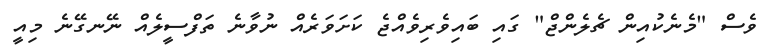
ވެސް "މެނެކުއިން ޗެލެންޖް" ގައި ބައިވެރިވެއްޖެ ކަށަވަރެއް ނުވާނެ ތަފްސީލެއް ނޭނގޭނެ މިއީ